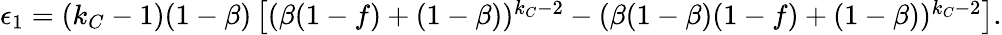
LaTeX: \begin{array}{r}{\epsilon_{1}=(k_{C}-1)(1-\beta)\left[(\beta(1-f)+(1-\beta))^{k_{C}-2}-(\beta(1-\beta)(1-f)+(1-\beta))^{k_{C}-2}\right].}\end{array}